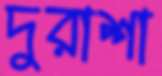
দুরাশা